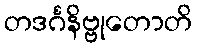
တဒင်္ဂနိဗ္ဗုတောတိ